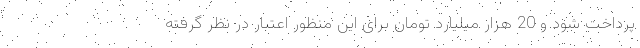
پرداخت شود و 20 هزار میلیارد تومان برای این منظور اعتبار در نظر گرفته